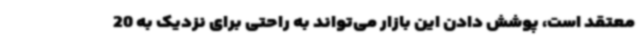
معتقد است، پوشش دادن این بازار می‌تواند به راحتی برای نزدیک به 20